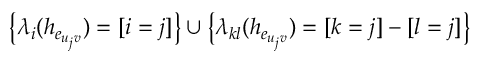
\big \{ \lambda _ { i } ( h _ { e _ { u _ { j } v } } ) = [ i = j ] \big \} \cup \big \{ \lambda _ { k l } ( h _ { e _ { u _ { j } v } } ) = [ k = j ] - [ l = j ] \big \}